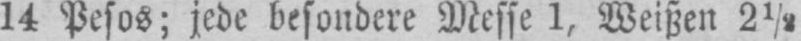
14 Pesos; jede besondere Messe 1, Weißen 2½